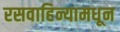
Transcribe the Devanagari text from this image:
रसवाहिन्यामधून